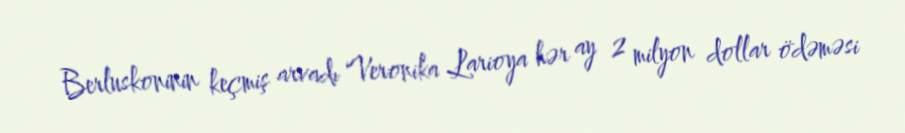
Berluskoninin keçmiş arvadı Veronika Larioya hər ay 2 milyon dollar ödəməsi